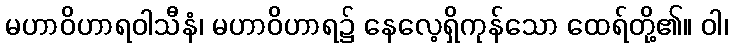
မဟာဝိဟာရဝါသီနံ၊ မဟာဝိဟာရ၌ နေလေ့ရှိကုန်သော ထေရ်တို့၏။ ဝါ၊